Annual report of the Punjab Veterinary College and of the Civil Veterinary Department, Punjab - 1920-1925
Year: 1920
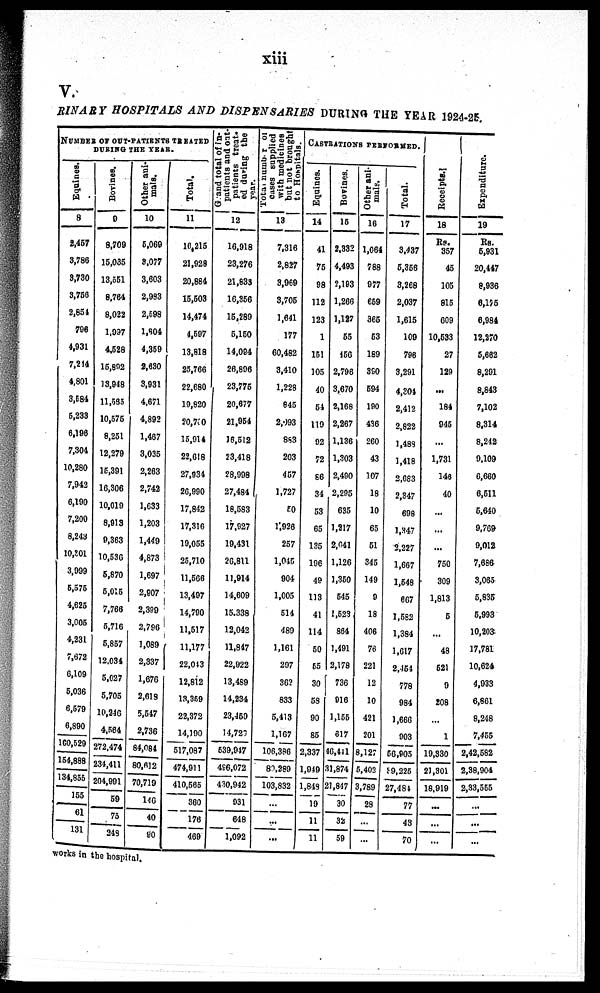
xiii
V.
RINARY HOSPITALS AND DISPENSARIES
DURING THE YEAR 1924-25.
NUMBER OF OUT-PATIENTS TREATED
DURING THE YEAR.
Equines.
8
2,457
3,786
3,730
3,756
2,854
796
4,931
7,214
4,801
3,684
5,233
6,196
7,304
10,280
7,942
6,190
7,200
8,243
10,301
3,999
5,575
4,625
3,005
4,231
7,672
6,109
5,036
6,579
6,890
160,529
154,888
134,855
155
61
131
Bovines.
9
8,709
15,035
13,551
8,764
8,022
1,997
4,528
15,892
13,948
11,535
10,575
8,251
12,279
15,391
16,306
10,019
8,913
9,363
10,536
5,870
5,015
7,768
5,716
5,857
12,034
5,027
5,705
10,246
4,584
272,474
234,411
204,991
59
75
248
Other ani-
mals.
10
5,069
8,077
3,603
2,993
2,598
1,804
4,359
2,630
3,931
4,671
4,892
1,467
3,035
2,263
2,742
1,633
1,203
1,449
4,873
1,697
2,907
2,399
2,796
1,089
2,337
1,676
2,618
5,547
2,736
84,084
80,612
70,719
146
40
90
Total.
11
10,215
21,928
20,884
15,503
14,474
4,597
13,818
25,766
22,680
19,820
20,700
15,914
22,618
27,934
26,990
17,842
17,316
19,055
25,710
11,566
13,497
14,790
11,517
11,177
22,043
12,812
13,359
22,372
14,190
517,087
474,911
410,565
360
176
469
Grand
total of in-
patients and out-
patients treat-
ed during the
year.
12
16,918
23,276
21,833
16,356
15,289
5,150
14,094
26,896
23,775
20,677
21,954
16,512
23,418
28,998
27,484
18,583
17,927
19,431
26,811
11,914
14,609
15.338
12,042
11,847
22,922
13,489
14,234
23,450
14,720
539,947
496,072
430,942
931
648
1,092
T otal number of
cases supplied
with medicines
but not brought
to Hospitals.
13
7,316
2,827
3,969
3,705
1,641
177
60,482
3,410
1,228
845
2,093
883
203
457
1,727
50
1,926
257
1,045
904
1,005
514
489
1,161
297
362
833
5,413
1,167
106,386
80,289
103,832
...
...
...
Castrations performed.
Equines.
14
41
75
98
112
123
1
151
105
40
54
119
92
72
86
34
53
65
135
196
49
113
41
114
50
65
30
58
90
85
2,337
1,949
1,848
19
11
11
Bovines.
15
2.332
4,493
2,193
1,266
1,127
55
456
2,796
3,670
2,168
2,267
1,136
1,303
2,490
2,295
635
1,217
2,041
1,126
1,350
545
1,523
864
1,491
2,178
736
916
1,155
317
46,441
81,874
21,847
30
32
59
Other ani-
mals.
16
1,064
788
977
659
365
53
189
890
594
190
436
260
43
107
18
10
65
51
345
149
9
18
406
76
221
12
10
421
201
8,127
5,402
3,789
28
...
...
Total.
17
3,437
5,356
3,268
2,037
1,615
109
796
3,291
4,304
2,412
2,822
1,489
1,418
2,683
2,347
698
1,347
2,227
1,667
1,548
667
1,582
1,384
1,617
2,454
778
984
1,666
903
56,905
39,225
27,484
77
43
70
Receipts.
18
Rs.
357
45
105
815
609
10,533
27
129
...
184
945
...
1,731
146
40
...
...
...
750
309
1,813
5
...
48
521
9
208
...
1
19,330
21,301
18,919
...
... ...
Expenditure.
19
Rs.
5,931
20,447
8,936
6,155
6,981
12,270
5,662
8,291
8,843
7,102
8,314
8,242
9,109
6,660
6,511
5,640
9,769
9,012
7,686
3,065
5,835
5,993
10,203
17,781
10,624
4,933
6,861
8,248
7455
2,42,582
2,38,904
2,33,555
...
...
...
works in the hospital.